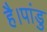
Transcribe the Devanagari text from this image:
है।पांडु